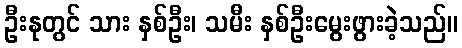
ဦးနုတွင် သား နှစ်ဦး၊ သမီး နှစ်ဦးမွေးဖွားခဲ့သည်။